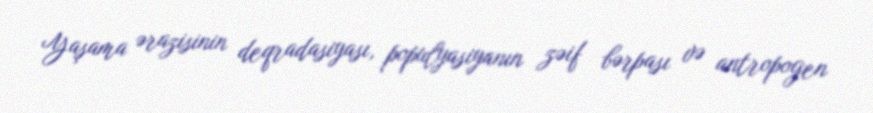
Yaşama ərazisinin deqradasiyası, populyasiyanın zəif bərpası və antropogen